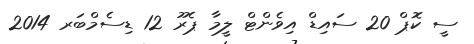
ސީ ކޮޕް 20 ސައިޑް އިވެންޓް ލީމާ ޕެރޫ 12 ޑިސެމްބަރ 2014